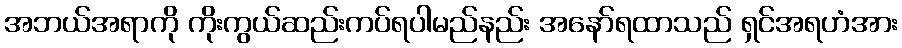
အဘယ်အရာကို ကိုးကွယ်ဆည်းကပ်ရပါမည်နည်း အနော်ရထာသည် ရှင်အရဟံအား